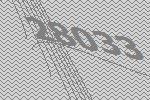
28033